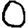
Digit: 0